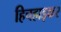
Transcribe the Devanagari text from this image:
हिचहाइकर